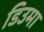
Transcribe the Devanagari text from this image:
डिउमा